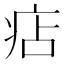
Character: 痁